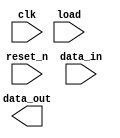
module reg32_1(reset_n,clk,data_in,data_out,load);
input reset_n;
input clk;
input wire load;
wire load0,load1,load2,load3,load4,load5,load6,load7,load8,load9,load10,load11,load12,load13,load14,load15;
input [31:0]data_in;
output reg[31:0]data_out;
reg reg0,reg1,reg2,reg3,reg4,reg5,reg6,reg7,reg8,reg9,reg10,reg11,reg12,reg13,reg14,reg15;



always@ (posedge clk or negedge reset_n)
begin
if (!reset_n)
  begin
    reg0<=32'b0;
  end
else
  begin
  if (load0)
      reg0<=data_in;
    end
end

always@ (posedge clk or negedge reset_n)
begin
if (!reset_n)
    begin
      reg1<=32'b0;
    end
else
 begin
    if (load1)
        reg1<=data_in;
      end
end


always@ (posedge clk or negedge reset_n)
begin
if (!reset_n)
    begin
      reg2<=32'b0;
    end
else
begin
    if (load2)
      reg2<=data_in;
     end
end


always@ (posedge clk or negedge reset_n)
begin
if (!reset_n)
     begin
      reg3<=32'b0;
     end
else
begin
     if (load3)
       reg3<=data_in;
      end
end

always@ (posedge clk or negedge reset_n)
begin
if (!reset_n)
      begin
        reg4<=32'b0;
      end
else
begin
    if (load4)
        reg4<=data_in;
       end
end

always@ (posedge clk or negedge reset_n)
begin
if (!reset_n)
       begin
         reg5<=32'b0;
       end
else
begin
   if (load5)
        reg5<=data_in;
      end
end

always@ (posedge clk or negedge reset_n)
begin
if (!reset_n)
      begin
        reg6<=32'b0;
      end
else
begin
  if (load6)
        reg6<=data_in;
     end
end


always@ (posedge clk or negedge reset_n)
begin
if (!reset_n)
   begin
     reg7<=32'b0;
   end
else
begin
   if (load7)
       reg7<=data_in;
      end
end

always@ (posedge clk or negedge reset_n)
begin
if (!reset_n)
        begin
          reg8<=32'b0;
        end
else
begin
      if (load8)
        reg8<=data_in;
       end
end

always@ (posedge clk or negedge reset_n)
begin
if (!reset_n)
     begin
         reg9<=32'b0;
     end
else
begin
     if (load9)
        reg9<=data_in;
     end
end

always@ (posedge clk or negedge reset_n)
begin
if (!reset_n)
     begin
       reg10<=32'b0;
    end
else
begin
  if (load10)
         reg10<=data_in;
       end
end

always@ (posedge clk or negedge reset_n)
begin
if (!reset_n)
     begin
       reg11<=32'b0;
     end
else
begin
  if (load11)
         reg11<=data_in;
       end
end

always@ (posedge clk or negedge reset_n)
begin
if (!reset_n)
       begin
         reg12<=32'b0;
       end
else
begin
   if (load12)
       reg12<=data_in;
      end
end

always@ (posedge clk or negedge reset_n)
begin
if (!reset_n)
      begin
       reg13<=32'b0;
      end
else
begin
    if (load13)
       reg13<=data_in;
      end
end


always@ (posedge clk or negedge reset_n)
begin
if (!reset_n)
      begin
        reg14<=32'b0;
      end
else
begin
      if (load14)
            reg14<=data_in;
          end
end


always@ (posedge clk or negedge reset_n)
begin
if (!reset_n)
      begin
       reg15<=32'b0;
      end
else
begin
    if (load15)
            reg15<=data_in;
          end
end

endmodule